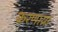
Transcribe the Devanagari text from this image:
करणाय्रा